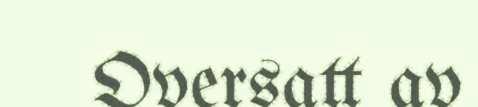
Oversatt av